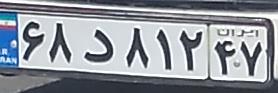
۶۸د۸۱۲۴۷